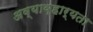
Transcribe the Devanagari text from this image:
अव्याव्हार्यता